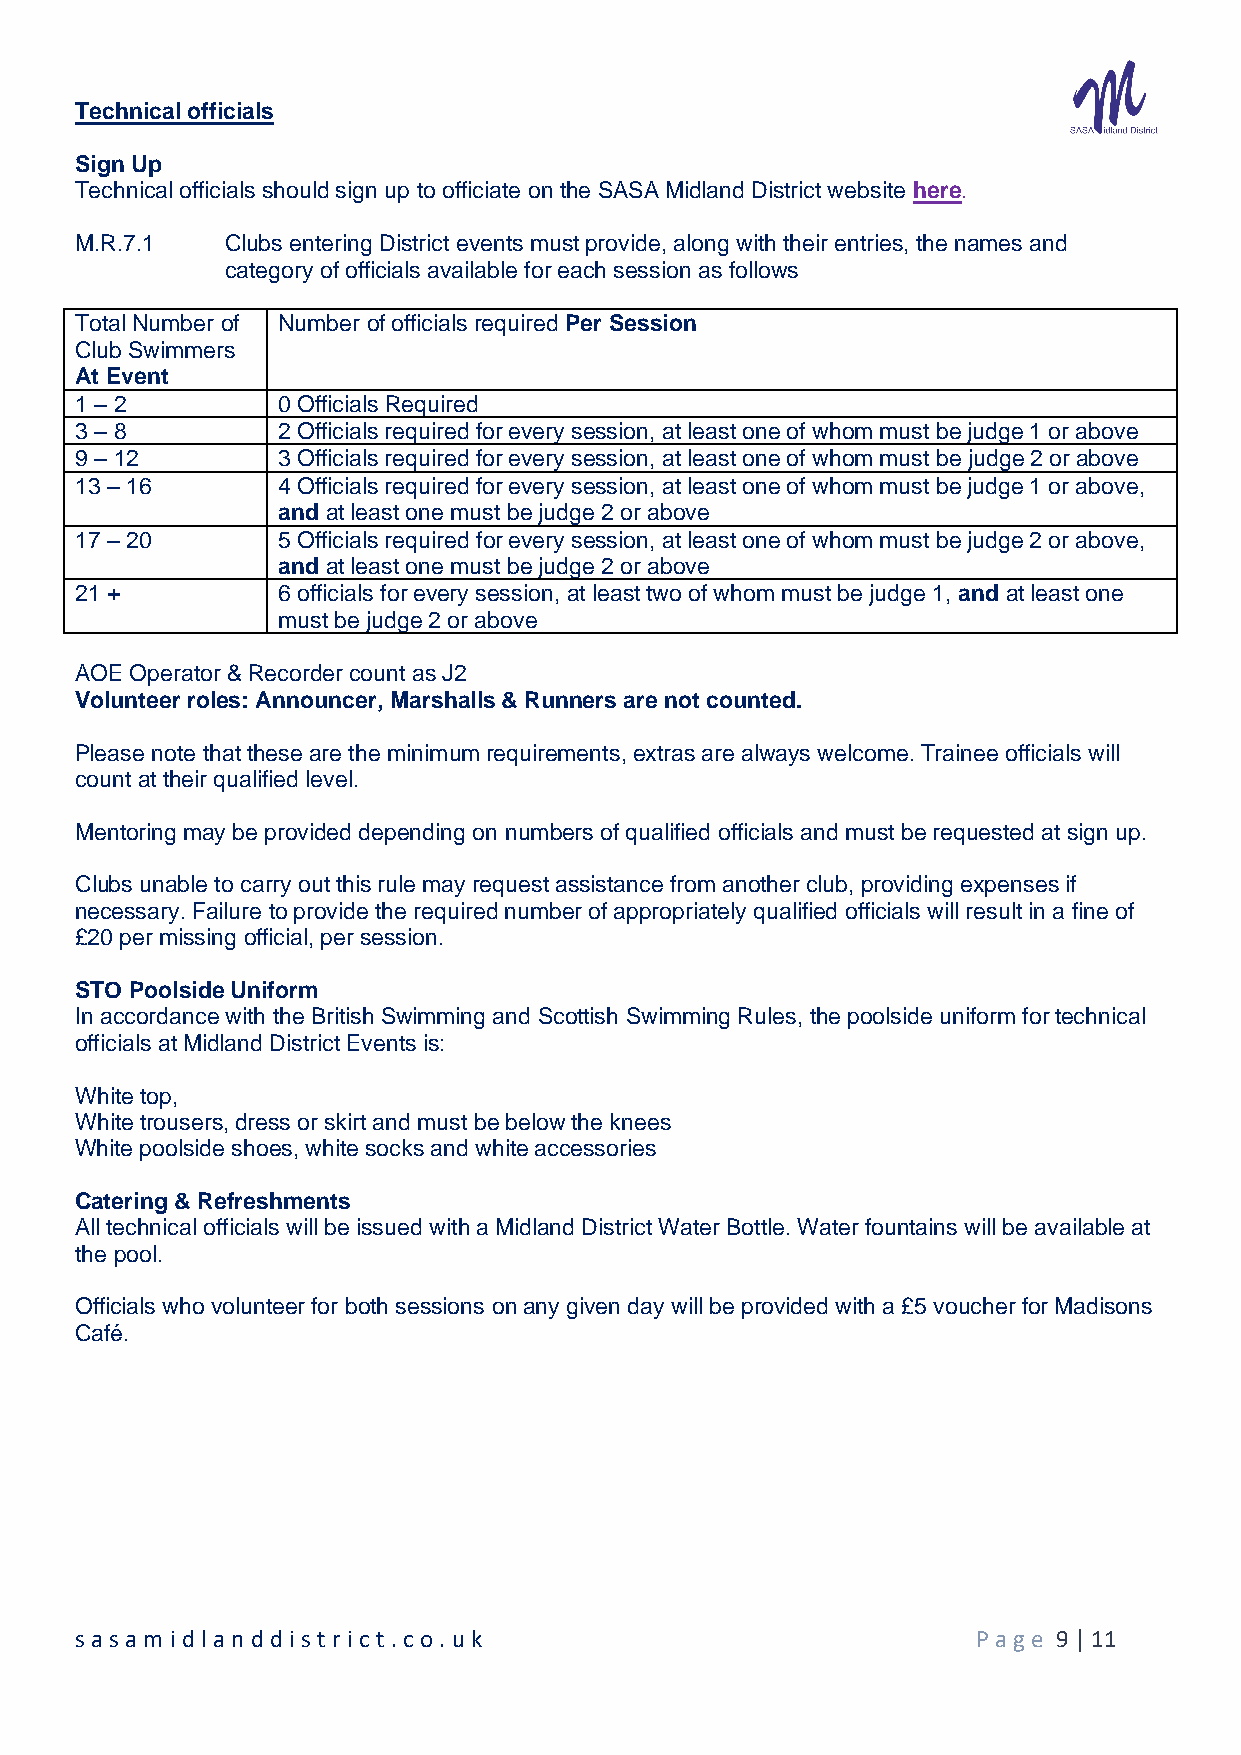
Technical officials
 Sign Up
 Technical officials should sign up to officiate on the SASA Midland District website here.
 M.R.7.1   Clubs entering District events must provide, along with their entries, the names and
 category of officials available for each session as follows
 Total Number of Number of officials required Per Session
 Club Swimmers
 At Event
 1 – 2        0 Officials Required
 3 – 8        2 Officials required for every session, at least one of whom must be judge 1 or above
 9 – 12       3 Officials required for every session, at least one of whom must be judge 2 or above
 13 – 16      4 Officials required for every session, at least one of whom must be judge 1 or above,
 and at least one must be judge 2 or above
 17 – 20      5 Officials required for every session, at least one of whom must be judge 2 or above,
 and at least one must be judge 2 or above
 21 +         6 officials for every session, at least two of whom must be judge 1, and at least one
 must be judge 2 or above
 AOE Operator & Recorder count as J2
 Volunteer roles: Announcer, Marshalls & Runners are not counted.
 Please note that these are the minimum requirements, extras are always welcome. Trainee officials will
 count at their qualified level.
 Mentoring may be provided depending on numbers of qualified officials and must be requested at sign up.
 Clubs unable to carry out this rule may request assistance from another club, providing expenses if
 necessary. Failure to provide the required number of appropriately qualified officials will result in a fine of
 £20 per missing official, per session.
 STO Poolside Uniform
 In accordance with the British Swimming and Scottish Swimming Rules, the poolside uniform for technical
 officials at Midland District Events is:
 White top,
 White trousers, dress or skirt and must be below the knees
 White poolside shoes, white socks and white accessories
 Catering & Refreshments
 All technical officials will be issued with a Midland District Water Bottle. Water fountains will be available at
 the pool.
 Officials who volunteer for both sessions on any given day will be provided with a £5 voucher for Madisons
 Café.
 sasam id land d ist rict .co .u k                           P age 9 | 11